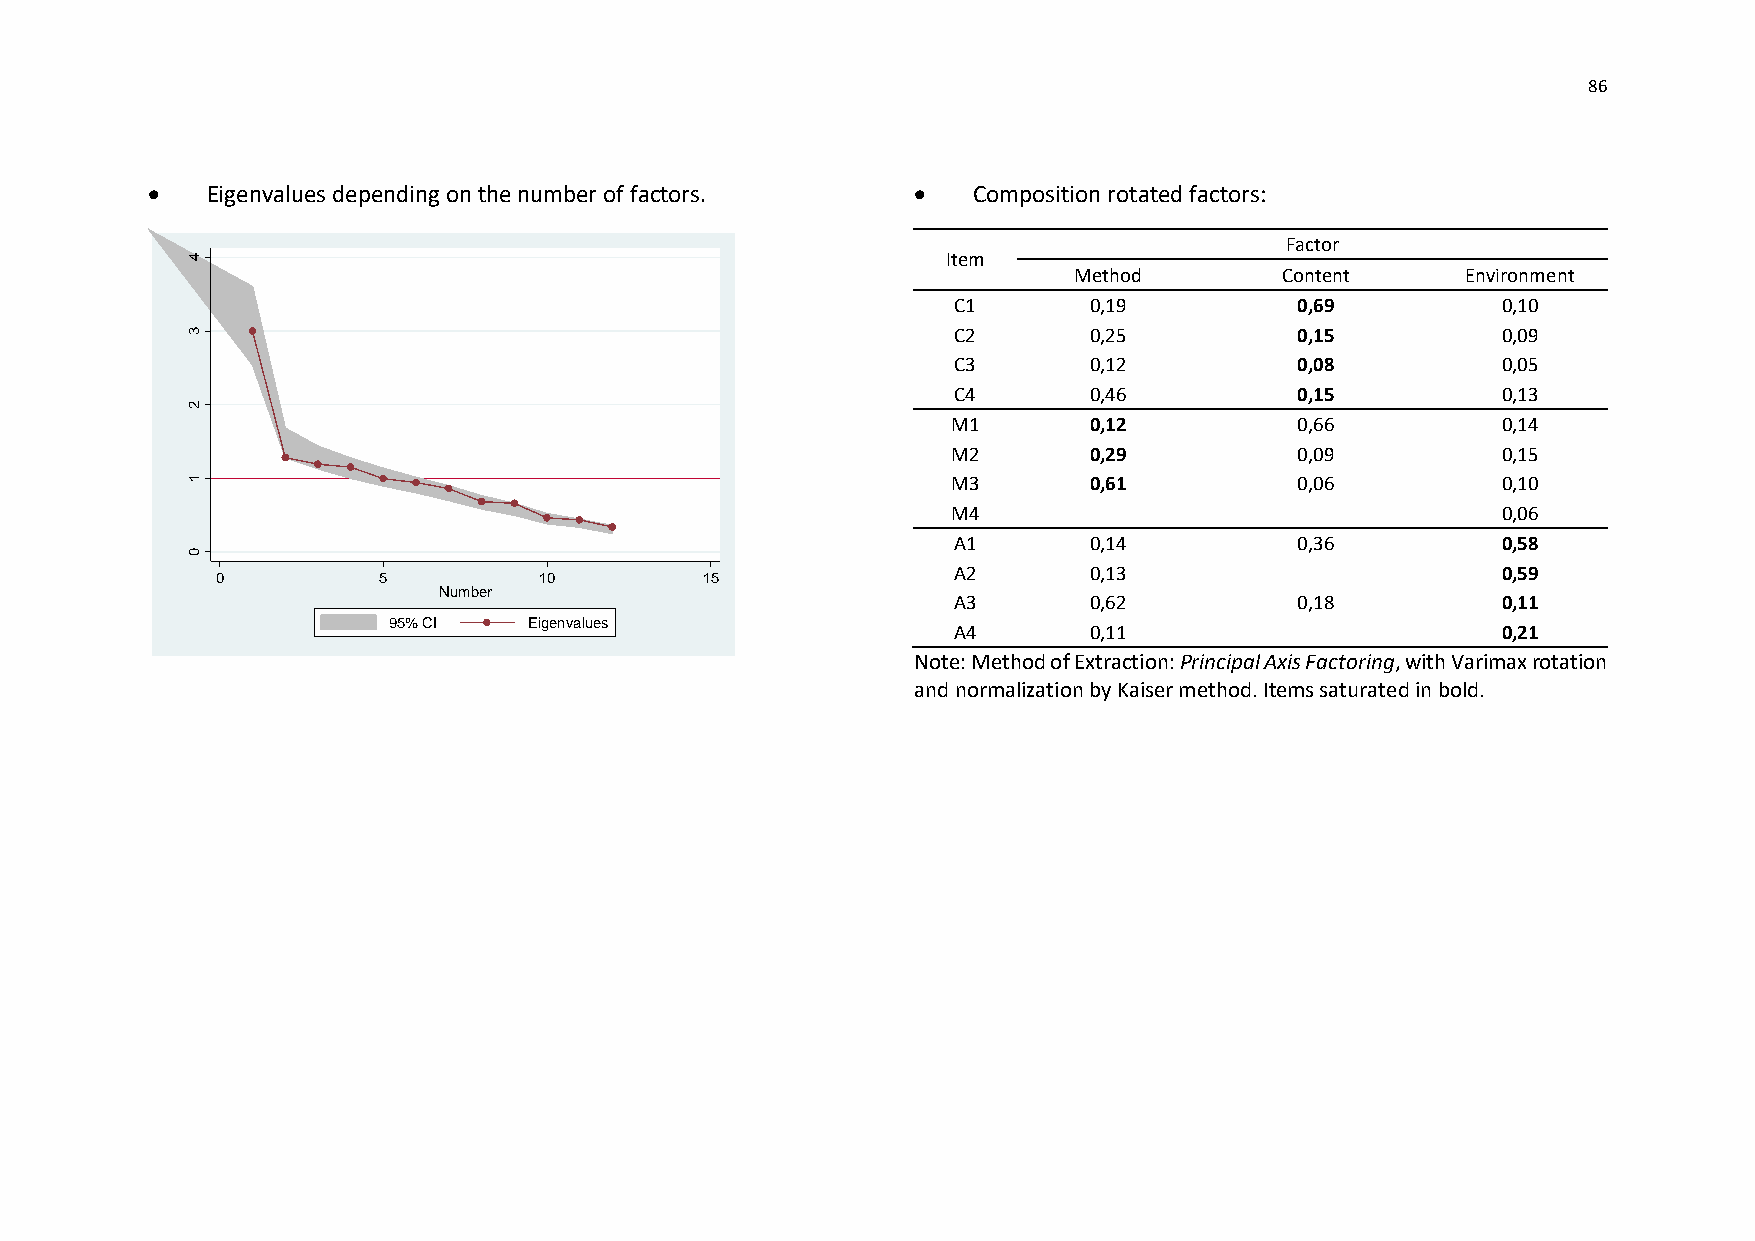
86
    Eigenvalues depending on the number of factors.  Composition rotated factors:
 Factor
 4                                                  Item
 Method        Content     Environment
 C1       0,19          0,69         0,10
 3                                                  C2       0,25          0,15         0,09
 C3       0,12          0,08         0,05
 s
 e
 alu                                                        C4       0,46          0,15         0,13
 v       2
 n
 e                                                          M1       0,12          0,66         0,14
 g
 Ei
 M2       0,29          0,09         0,15
 1                                                  M3       0,61          0,06         0,10
 M4                                  0,06
 A1       0,14          0,36         0,58
 0
 A2       0,13                       0,59
 A3       0,62          0,18         0,11
 A4       0,11                       0,21
 Note: Method of Extraction: Principal Axis Factoring, with Varimax rotation
 and normalization by Kaiser method. Items saturated in bold.
 0          5
 9 5 % C
 N
 I
 u m b e r
 E
 1
 ig
 0
 e n v a lu e s
 1 5